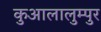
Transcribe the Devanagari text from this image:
कुआलालुम्पुर